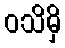
ဝသိမှိ